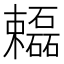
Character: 𬅓